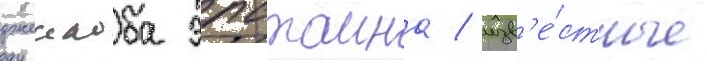
джеикоба эпстаина / изв'е́стные